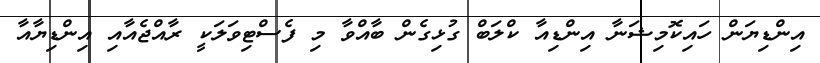
އިންޑިޔަން ހައިކޮމިޝަނާ އިންޑިއާ ކްލަބް ގުޅިގެން ބާއްވާ މި ފެސްޓިވަލަކީ ރާއްޖެއާއި އިންޑިޔާއާ